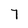
Character: 7